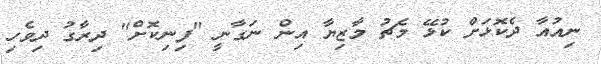
ނިއުއާ ދެކޮޅަށް ކުޅޭ މެޗު މާޒިޔާ އިން ނަގާނީ "ފިނިކޮށް" ދިރާގު ދިވެހި